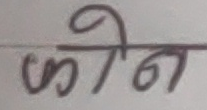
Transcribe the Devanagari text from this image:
फोन